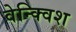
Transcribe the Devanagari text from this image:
वेन्क्विश